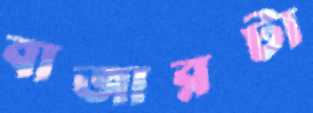
বাজারটা